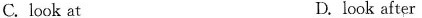
C. look at D. look after